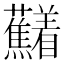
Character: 𱿍